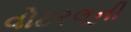
વોટરલૂની